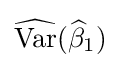
{\widehat {\operatorname {Var} }}({\widehat {\beta }}_{1})